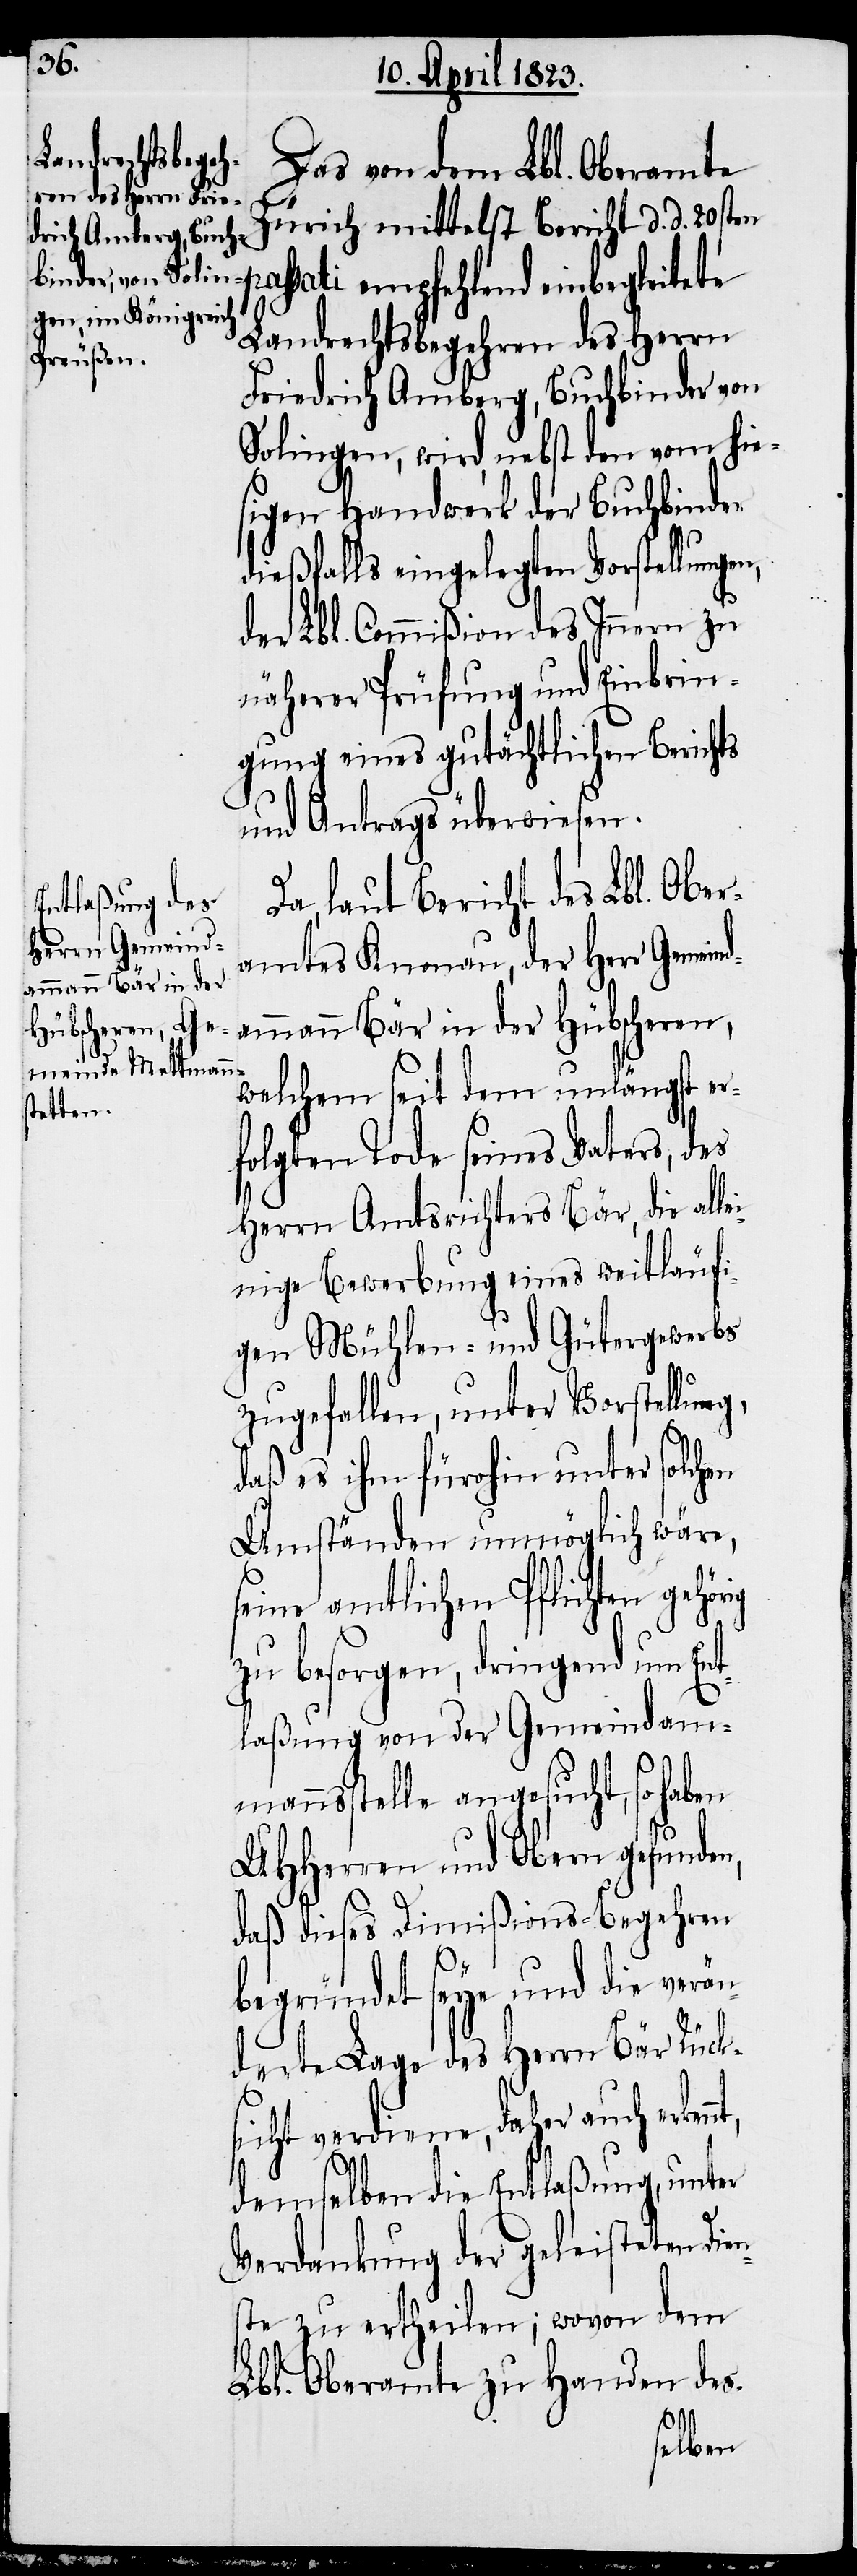
Das von dem Lbl. Oberamte
Zürich mittelst Bericht d. d. 20sten
ssati empfehlend einbegleitete
Landrechtsbegehren des Herrn
Friedrich Amberg, Buchbinder von
Solingen, wird, nebst den vom hie¬
sigen Handwerk der Buchbinder
dießfalls eingelegten Vorstellunge¬
der Lbl. Commißion des Innern zu
näherer Prüfung und Einbrin¬
gung eines gutächtlichen Berichts
und Antrags überwiesen.
Da, laut Bericht des Lbl. Ober¬
amtes Knonau, der Herr Gemeind¬
ammann Bär in der
ig
welchem seit dem unlängst er¬
folgten Tode seines Vaters, des
Herrn Amtsrichters Bär, die alle¬
inige Bewerbung eines weitläufi¬
gen Mühlen- und Gütergewerbs
zugefallen, unter Vorstellung,
daß es ihm fürohin unter solchen
Umständen unmöglich wäre,
seine amtlichen Pflichten gehör¬
zu besorgen, dringend um Ent¬
laßung von der Gemeindam¬
mannsstelle angesucht, so haben
UHHerren und Obern gefunden,
daß dieses Dimißions-Begehren
begründet seye und die verän¬
derte Lage des Herrn Bär Rück¬
sicht verdiene, daher auch erkenn¬
t,
demselben die Entlaßung, unter
Verdankung der geleisteten Die¬
nste zu ertheilen; wovon dem
Lbl. Oberamte zu Handen des-